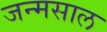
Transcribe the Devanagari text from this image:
जन्मसाल